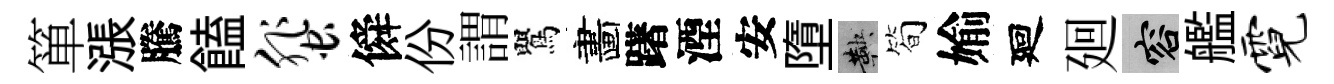
箪漲騰饁蜚僢份謂鸎畵躇湮安墮鞅简媮廻廻容艦霓